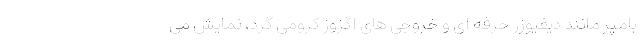
بامپر مانند دیفیوزر حرفه ای و خروجی های اگزوز کرومی گرد، نمایش می